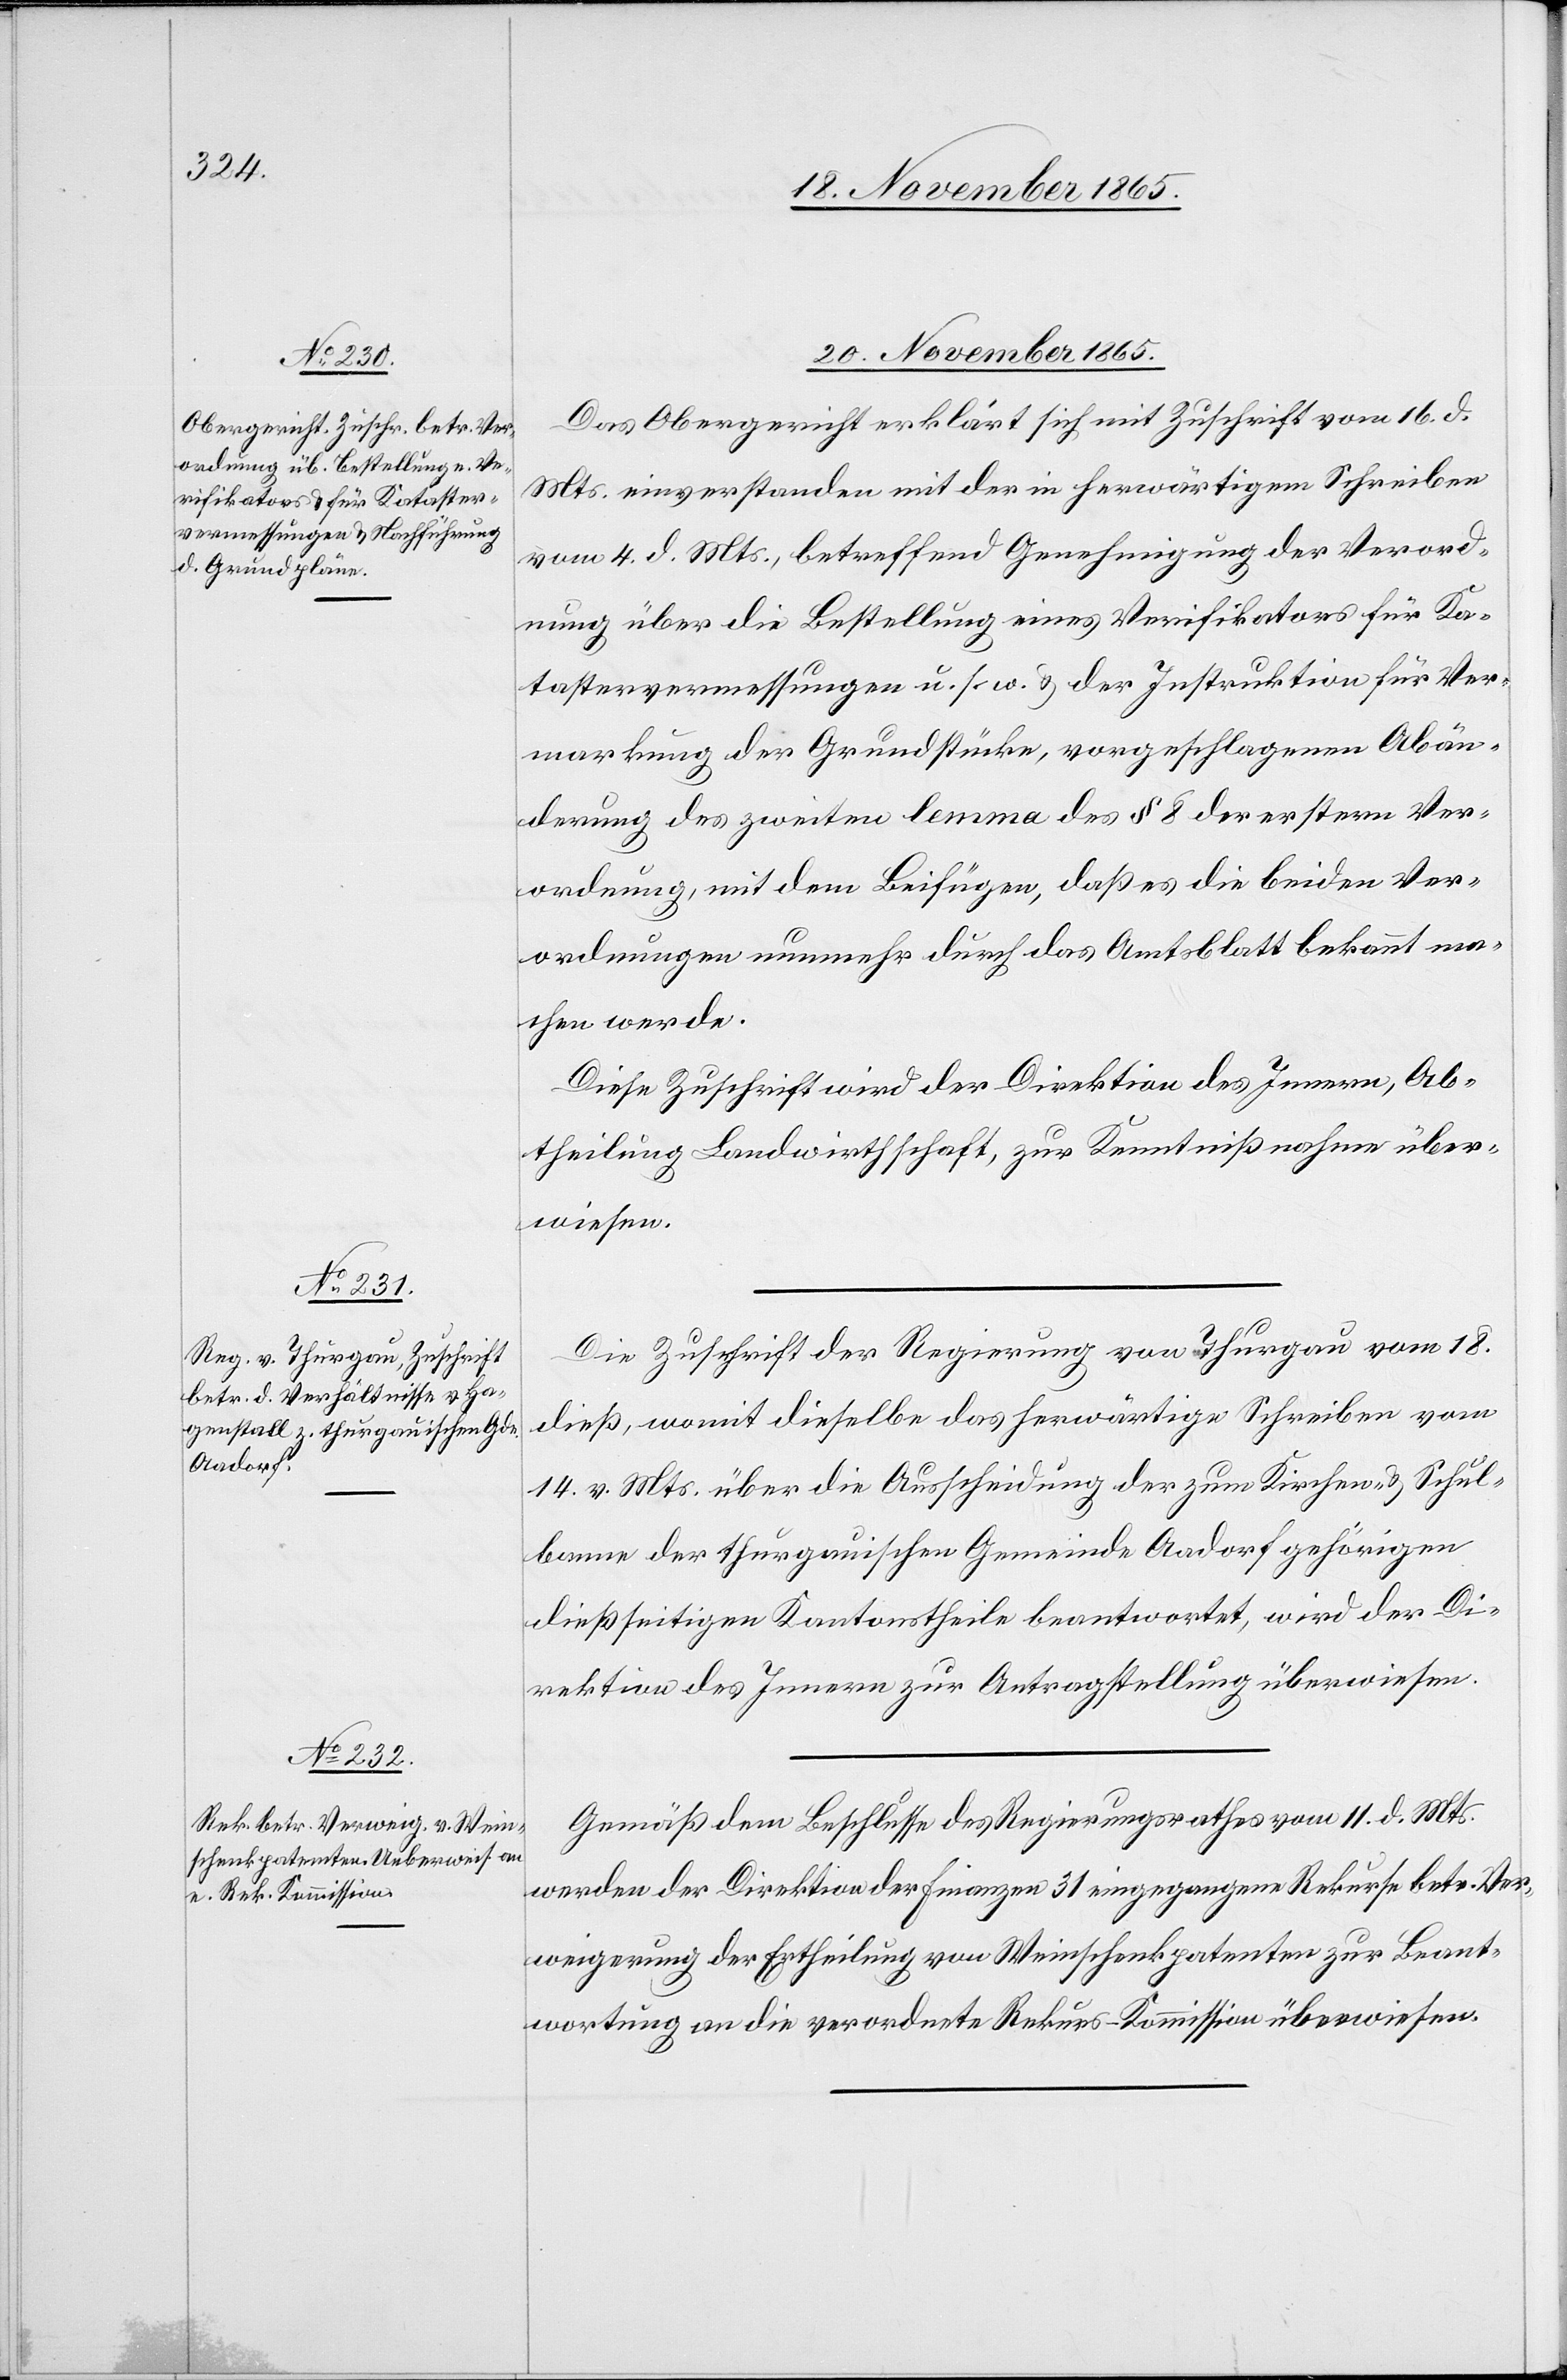
20. November 1865.]
Das Obergericht erklärt sich mit Zuschrift vom 16. d.
Mts. einverstanden mit der in herwärtigem Schreiben
vom 4. d. Mts., betreffend Genehmigung der Verord¬
nung über die Bestellung eines Verifikators für Ka¬
tastervermessungen u. s. w. & der Instruktion für Ver¬
markung der Grundstücke, vorgeschlagenen Abän¬
derung des zweiten lemma des § 8 der ersten Ver¬
ordnung, mit dem Beifügen, daß es die beiden Ver¬
ordnungen nunmehr durch das Amtsblatt bekannt ma¬
chen werde.
Diese Zuschrift wird der Direktion des Innern, Ab¬
theilung Landwirthschaft, zur Kenntnißnahme über¬
wiesen.
Die Zuschrift der Regierung von Thurgau vom 18.
dieß, womit dieselbe das herwärtige Schreiben vom
14. v. Mts. über die Ausscheidung der zum Kirchen- & Schul¬
banne der thurgauischen Gemeinde Aadorf gehörigen
dießseitigen Kantonstheile beantwortet, wird der Di¬
rektion des Innern zur Antragstellung überwiesen.
Gemäß dem Beschlusse des Regierungsrathes vom 11. d. Mts.
werden der Direktion der Finanzen 31 eingegangene Rekurse betr. Ver¬
weigerung der Ertheilung von Weinschenkpatenten zur Beant¬
wortung an die verordnete Rekurs-Kommission überwiesen.